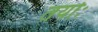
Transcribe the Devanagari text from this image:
तयोः